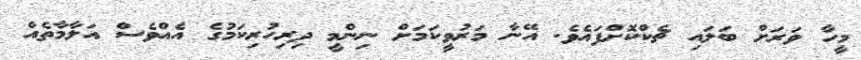
މީހާ ވަރަށް ބަލައި ޗެކްކޮށްފައެވެ. އޭނާ މަރުވީކަމަށް ނިންމީ ދިރިހުރިކަމުގެ އެއްވެސް އަލާމާތެއް